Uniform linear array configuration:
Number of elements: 16
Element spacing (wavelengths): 0.75
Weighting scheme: hamming
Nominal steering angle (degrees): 0
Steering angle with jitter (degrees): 0.3372
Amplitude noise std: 0.05
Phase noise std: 0.05

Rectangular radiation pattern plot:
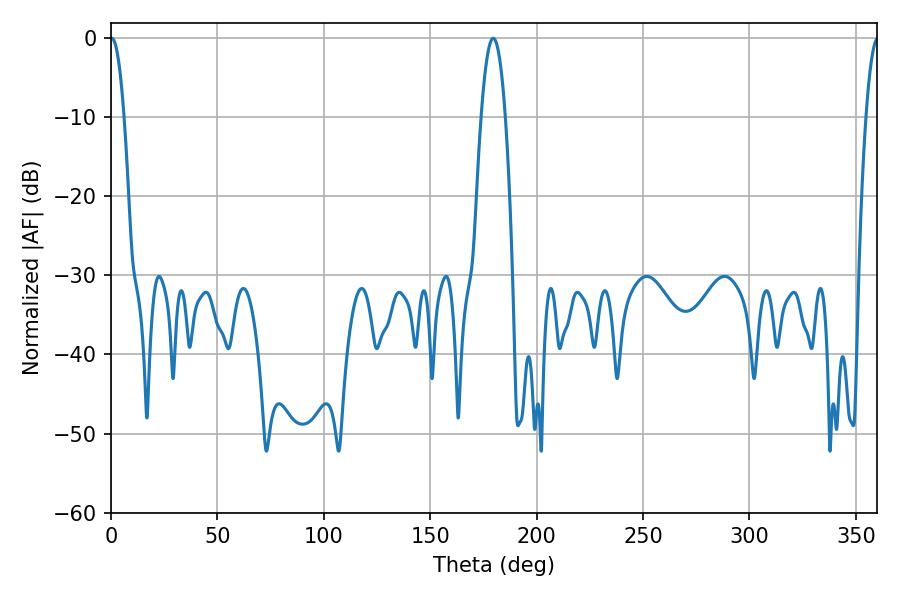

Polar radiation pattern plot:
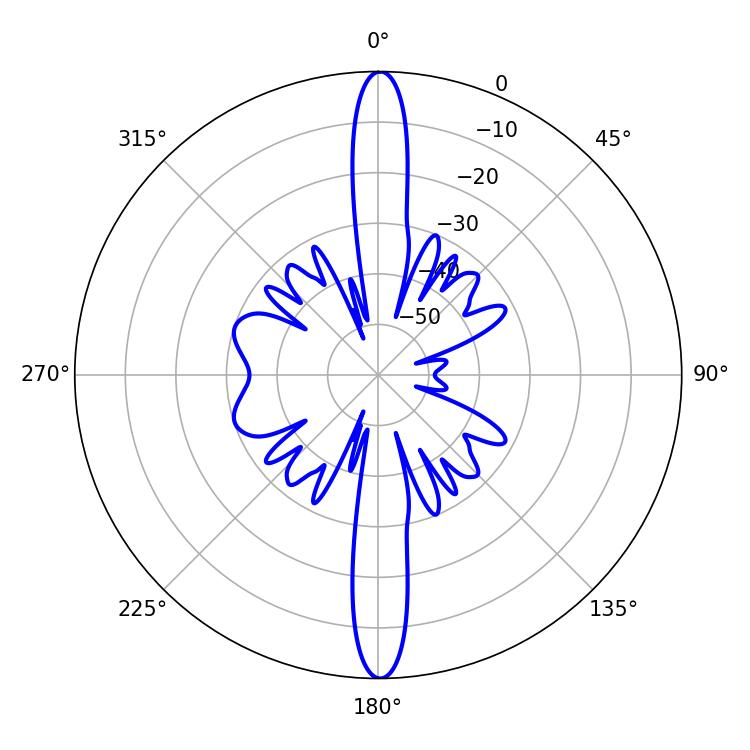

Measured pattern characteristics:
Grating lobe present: TRUE
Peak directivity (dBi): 31.88
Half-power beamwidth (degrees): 3.6
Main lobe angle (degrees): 0.36